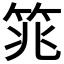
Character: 筄